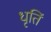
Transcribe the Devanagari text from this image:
धृतिं